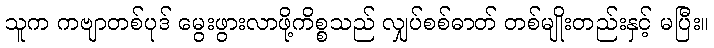
သူက ကဗျာတစ်ပုဒ် မွေးဖွားလာဖို့ကိစ္စသည် လျှပ်စစ်ဓာတ် တစ်မျိုးတည်းနှင့် မပြီး။